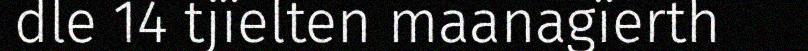
dle 14 tjïelten maanagïerth